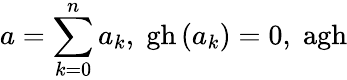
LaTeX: a=\sum_{k=0}^{n}a_{k},\; \mathrm{gh}\left(a_{k}\right)=0,\; \mathrm{agh}